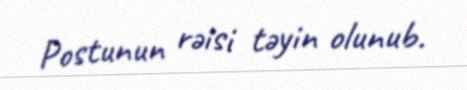
Postunun rəisi təyin olunub.